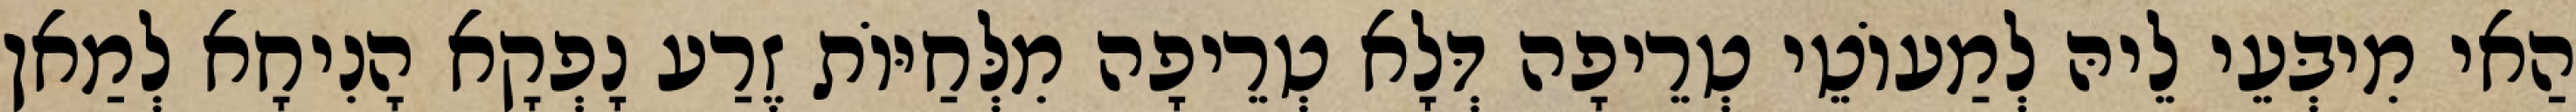
הַאי מִיבְּעֵי לֵיהּ לְמַעוֹטֵי טְרֵיפָה דְּלָא טְרֵיפָה מִלְּחַיּוֹת זֶרַע נָפְקָא הָנִיחָא לְמַאן